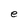
Character: l